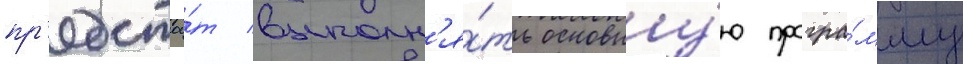
пр'едстои́т выполн'я́ть основну́ю програ́мму